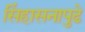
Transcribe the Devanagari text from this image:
सिंहासनापुढे